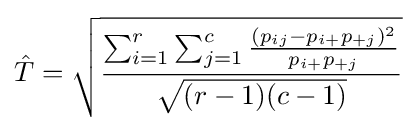
{\hat {T}}={\sqrt {\frac {\sum _{i=1}^{r}\sum _{j=1}^{c}{\frac {(p_{ij}-p_{i+}p_{+j})^{2}}{p_{i+}p_{+j}}}}{\sqrt {(r-1)(c-1)}}}}